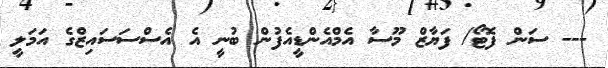
--- ސަން ފޮޓޯ/ ފަޔާޒް މޫސާ އެމްއެންޑީއެފުން ބުނީ އެ އެސްސަސައިޒްގެ އަމަލީ